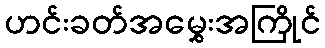
ဟင်းခတ်အမွှေးအကြိုင်